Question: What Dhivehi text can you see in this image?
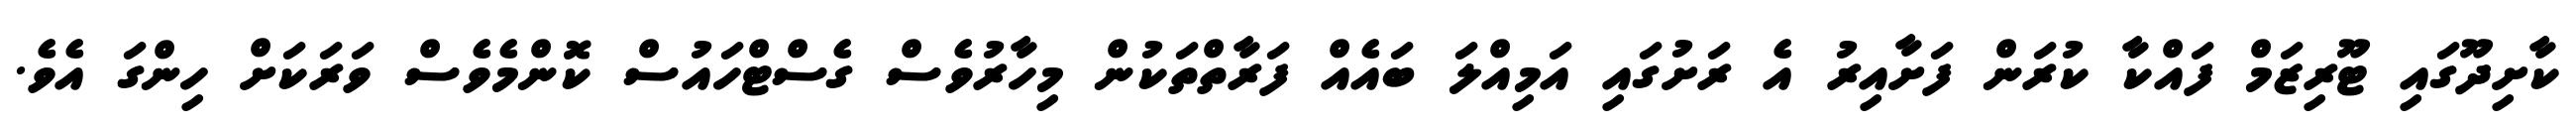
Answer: ކާށިދޫގައި ޓޫރިޒަމް ފައްކާ ކުރަން ފަށާއިރު އެ ރަށުގައި އަމިއްލަ ބައެއް ފަރާތްތަކުން މިހާރުވެސް ގެސްޓްހައުސް ކޮންމެވެސް ވަރަކަށް ހިންގަ އެވެ.